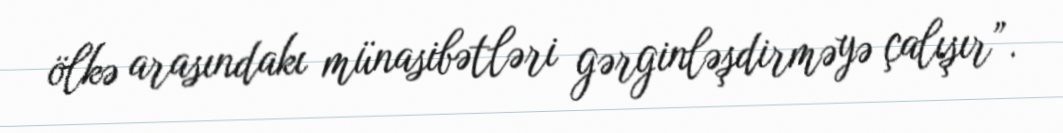
ölkə arasındakı münasibətləri gərginləşdirməyə çalışır”.